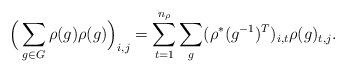
LaTeX: \begin{align*}\Big(\sum_{g \in G}\rho(g)\rho(g)\Big)_{i,j} = \sum_{t = 1}^{n_{\rho}}\sum_{g}(\rho^*(g^{-1})^T)_{i,t}\rho(g)_{t,j}.\end{align*}